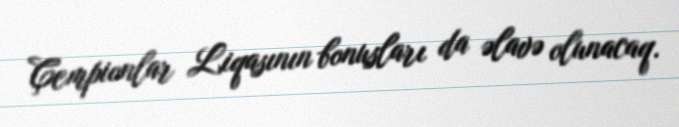
Çempionlar Liqasının bonusları da əlavə olunacaq.